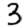
Digit: 3